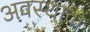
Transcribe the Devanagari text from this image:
अवस्थावों